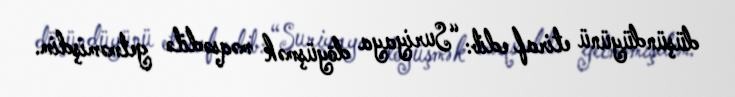
düşündüyünü etiraf edib: “Suriyaya döyüşmək məqsədilə getməmişdim.